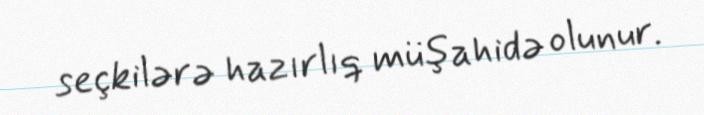
seçkilərə hazırlıq müşahidə olunur.